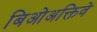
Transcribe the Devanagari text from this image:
बिओअक्तिवे